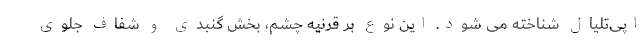
اپی‌تلیال شناخته می شود. این نوع بر قرنیه چشم، بخش گنبدی و شفاف جلوی